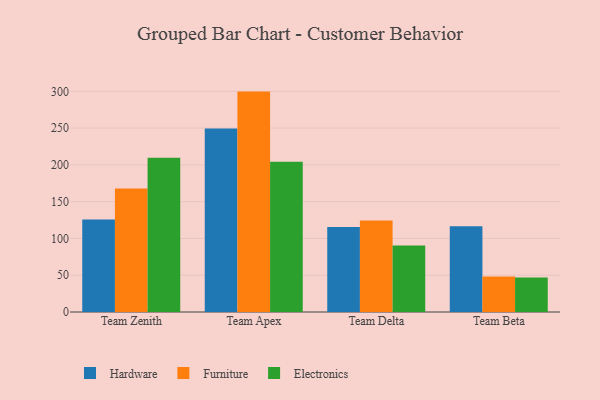
{"axis": {"x": "Team", "y": "Bounce Rate (%)"}, "legend": ["Electronics", "Furniture", "Hardware"], "data": [{"x": "Team Zenith", "y": 125.8, "type": "Hardware"}, {"x": "Team Zenith", "y": 167.9, "type": "Furniture"}, {"x": "Team Zenith", "y": 209.8, "type": "Electronics"}, {"x": "Team Apex", "y": 249.5, "type": "Hardware"}, {"x": "Team Apex", "y": 299.6, "type": "Furniture"}, {"x": "Team Apex", "y": 204.3, "type": "Electronics"}, {"x": "Team Delta", "y": 115.4, "type": "Hardware"}, {"x": "Team Delta", "y": 124.4, "type": "Furniture"}, {"x": "Team Delta", "y": 90.5, "type": "Electronics"}, {"x": "Team Beta", "y": 116.7, "type": "Hardware"}, {"x": "Team Beta", "y": 48.1, "type": "Furniture"}, {"x": "Team Beta", "y": 47.0, "type": "Electronics"}]}